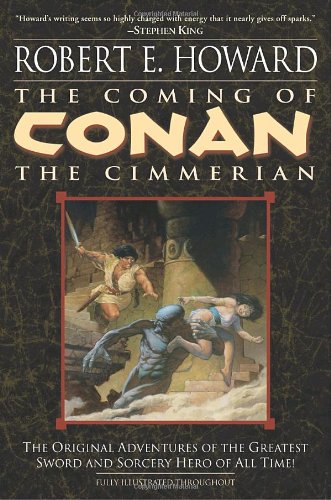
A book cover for The Coming of Conan the Cimmerian: The Original Adventures of the Greatest Sword and Sorcery Hero of All Time!; Robert E. Howard; Science Fiction & Fantasy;